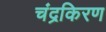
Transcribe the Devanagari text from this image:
चंद्रकिरण